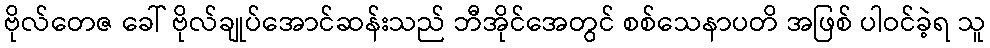
ဗိုလ်တေဇ ခေါ် ဗိုလ်ချုပ်အောင်ဆန်းသည် ဘီအိုင်အေတွင် စစ်သေနာပတိ အဖြစ် ပါဝင်ခဲ့ရ သူ